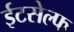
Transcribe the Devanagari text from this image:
ईटसेल्फ